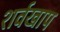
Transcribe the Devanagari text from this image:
शर्वखाप